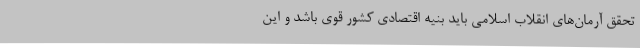
تحقق آرمان‌های انقلاب اسلامی باید بنیه اقتصادی کشور قوی باشد و این